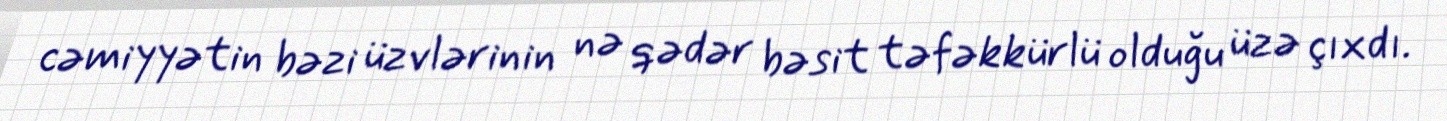
cəmiyyətin bəzi üzvlərinin nə qədər bəsit təfəkkürlü olduğu üzə çıxdı.